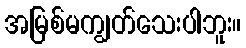
အမြစ်မကျွတ်သေးပါဘူး။